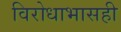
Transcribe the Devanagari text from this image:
विरोधाभासही